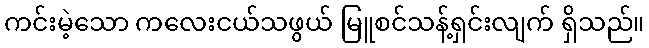
ကင်းမဲ့သော ကလေးငယ်သဖွယ် မြူစင်သန့်ရှင်းလျက် ရှိသည်။